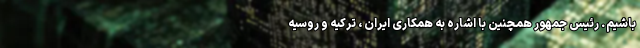
باشیم. رئیس جمهور همچنین با اشاره به همکاری ایران ، ترکیه و روسیه